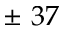
\pm \nobreakspace 3 7 \nobreakspace